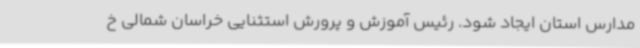
مدارس استان ایجاد شود. رئیس آموزش و پرورش استثنایی خراسان شمالی خ